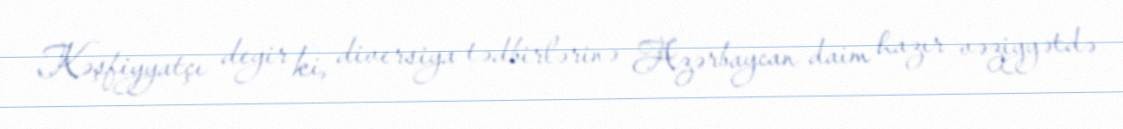
Kəşfiyyatçı deyir ki, diversiya tədbirlərinə Azərbaycan daim hazır vəziyyətdə